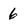
Character: 6